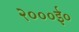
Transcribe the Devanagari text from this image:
२०००ई०